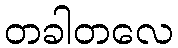
တခါတလေ